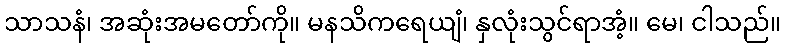
သာသနံ၊ အဆုံးအမတော်ကို။ မနသိကရေယျံ၊ နှလုံးသွင်ရာအံ့။ မေ၊ ငါသည်။